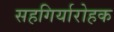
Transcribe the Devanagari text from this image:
सहगिर्यारोहक